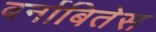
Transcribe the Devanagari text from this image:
बर्नाबितेस